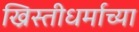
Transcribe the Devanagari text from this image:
ख्रिस्तीधर्माच्या